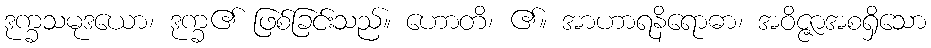
ဒုက္ခသမုဒယော၊ ဒုက္ခ၏ ဖြစ်ခြင်းသည်။ ဟောတိ၊ ၏။ အာဟာရနိရောဓာ၊ အဝိဇ္ဇာအစရှိသော